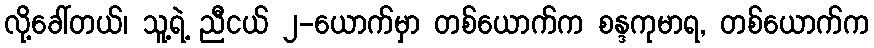
လို့ခေါ်တယ်၊ သူ့ရဲ့ ညီငယ် ၂-ယောက်မှာ တစ်ယောက်က စန္ဒကုမာရ, တစ်ယောက်က